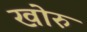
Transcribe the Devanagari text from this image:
खोरु